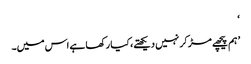
‘
’ ہم پیچھے مڑ کر نہیں دیکھتے، کیا رکھا ہے اس میں۔